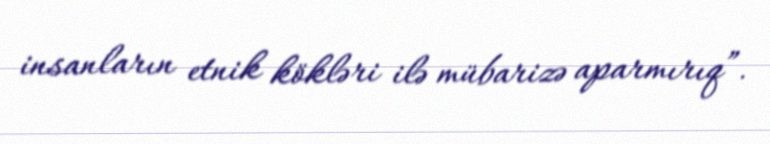
insanların etnik kökləri ilə mübarizə aparmırıq”.